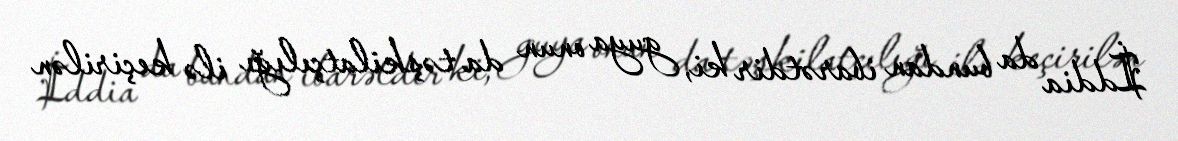
İddia da bundan ibarətdir ki, guya onun da təşkilatçılığı ilə keçirilən